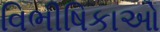
વિભીષિકાઓ